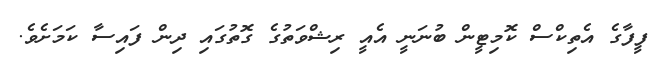
ފީފާގެ އެތިކްސް ކޮމިޓީން ބުނަނީ އެއީ ރިޝްވަތުގެ ގޮތުގައި ދިން ފައިސާ ކަމަށެވެ.